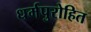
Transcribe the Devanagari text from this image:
धर्मपुरोहित